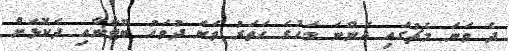
ދެ ވަނަ މެޗުގައި އަންނަ މަހުގެ ހަތަރު ވަނަ ދުވަހު ބޫޓާނާއި ދެކޮޅަށް